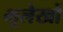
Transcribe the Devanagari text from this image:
भूलेखों